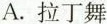
A. 拉丁舞